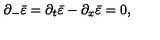
\partial _ { - } \bar { \varepsilon } = \partial _ { t } \bar { \varepsilon } - \partial _ { x } \bar { \varepsilon } = 0 ,